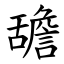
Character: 舚